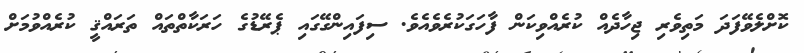
ކޮށްލެވޭފަދަ މަތިވެރި ޖިހާދެއް ކުރެއްވިކަން ފާހަގަކުރެެވެއެވެ. ސިފައިންގޭގައި ޕެރޭޑުގެ ހަރަކާތްތައް ތަރައްޤީ ކުރެއްވުމަށް